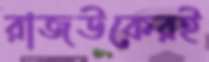
রাজউকেরই